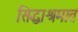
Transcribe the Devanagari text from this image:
सिद्धाश्रमात